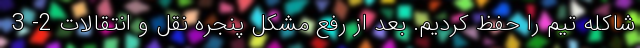
شاکله تیم را حفظ کردیم. بعد از رفع مشکل پنجره نقل و انتقالات 2- 3